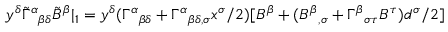
y ^ { \delta } \tilde { \Gamma } ^ { \alpha } { } _ { \beta \delta } \tilde { B } ^ { \beta } | _ { 1 } = y ^ { \delta } ( \Gamma ^ { \alpha } { } _ { \beta \delta } + \Gamma ^ { \alpha } { } _ { \beta \delta , \sigma } x ^ { \sigma } / 2 ) [ B ^ { \beta } + ( B ^ { \beta } { } _ { , \sigma } + \Gamma ^ { \beta } { } _ { \sigma \tau } B ^ { \tau } ) d ^ { \sigma } / 2 ]